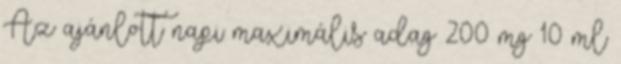
Az ajánlott napi maximális adag 200 mg 10 ml